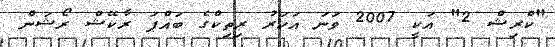
"ކްރިޝް 2" އަކީ 2007 ވަނަ އަހަރު ރިތިކްގެ ބައްޕަ ރާކޭޝް ރޯޝަން